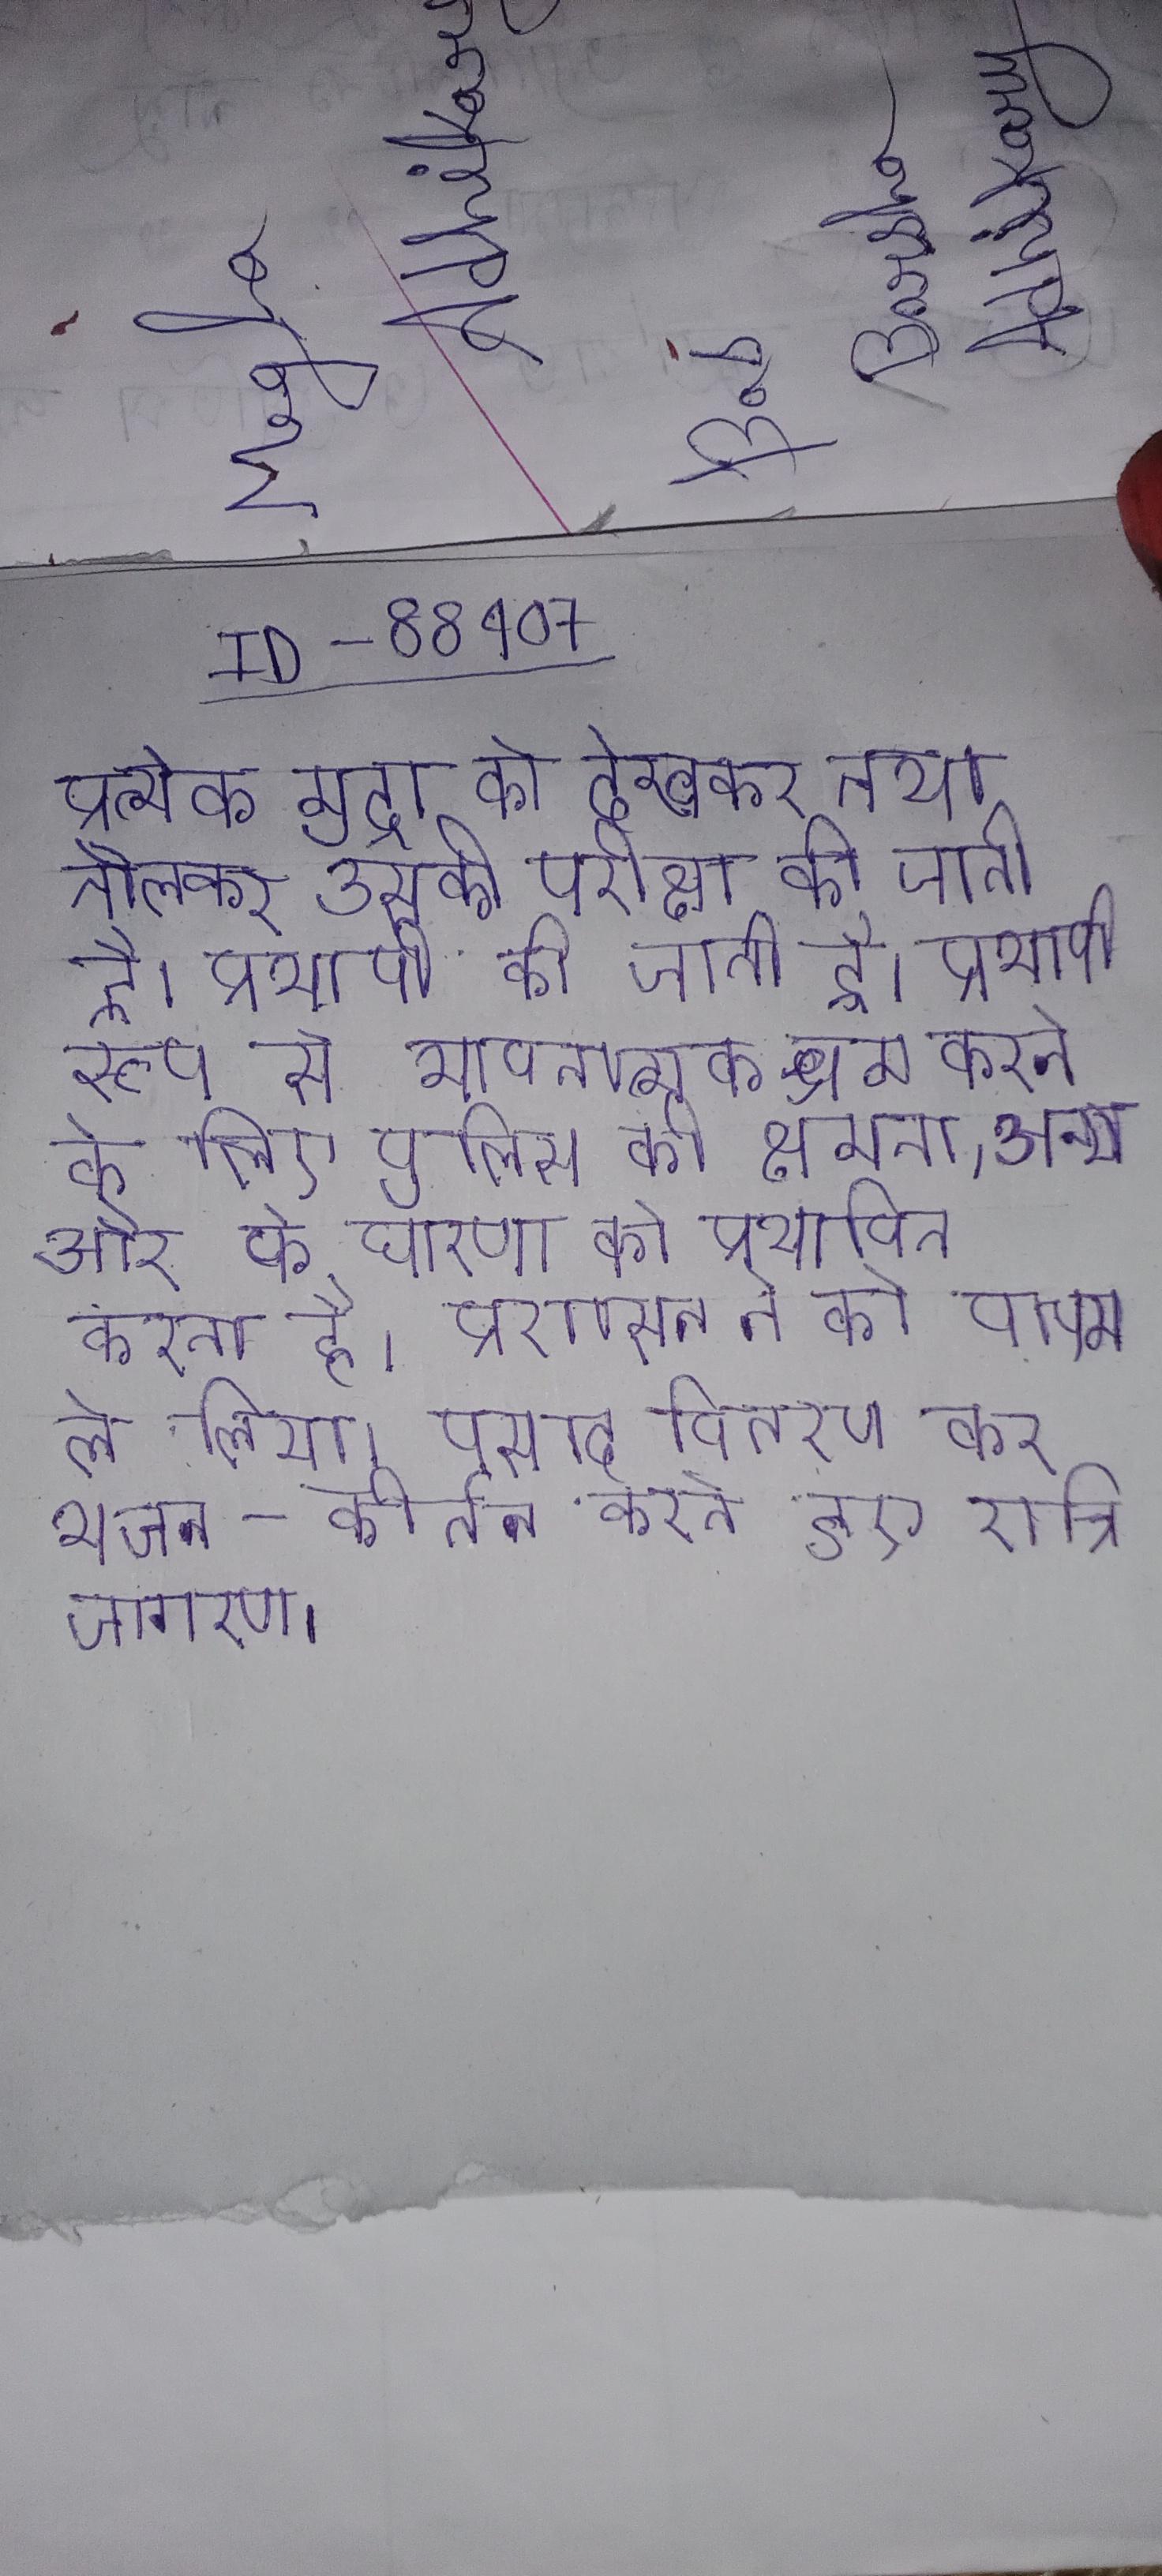
प्रत्येक मुद्रा को देखकर तथा तौलकर उसकी परीक्षा की जाती है । प्रभावी रूप से भावनात्मक श्रम करने के लिए पुलिस की क्षमता, अन्य और के धारणा को प्रभावित करता है । प्रशासन ने को वापस ले लिया । प्रसाद वितरण कर भजन-कीर्तन करते हुए रात्रि जागरण ।